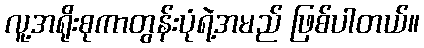
လူ့အရိုးစုကာတွန်းပုံရဲ့အမည် ဖြစ်ပါတယ်။